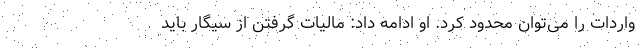
واردات را می‌توان محدود کرد. او ادامه داد: مالیات گرفتن از سیگار باید